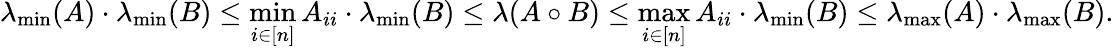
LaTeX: \lambda_{\operatorname*{min}}(A)\cdot\lambda_{\operatorname*{min}}(B)\leq\operatorname*{min}_{i\in[n]}A_{ii}\cdot\lambda_{\operatorname*{min}}(B)\leq\lambda(A\circ B)\leq\operatorname*{max}_{i\in[n]}A_{ii}\cdot\lambda_{\operatorname*{min}}(B)\leq\lambda_{\operatorname*{max}}(A)\cdot\lambda_{\operatorname*{max}}(B).